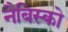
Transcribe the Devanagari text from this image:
नैबिस्को